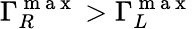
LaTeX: \Gamma_{R}^{\mathrm{~m~a~x~}}>\Gamma_{L}^{\mathrm{~m~a~x~}}